Elephants and their diseases
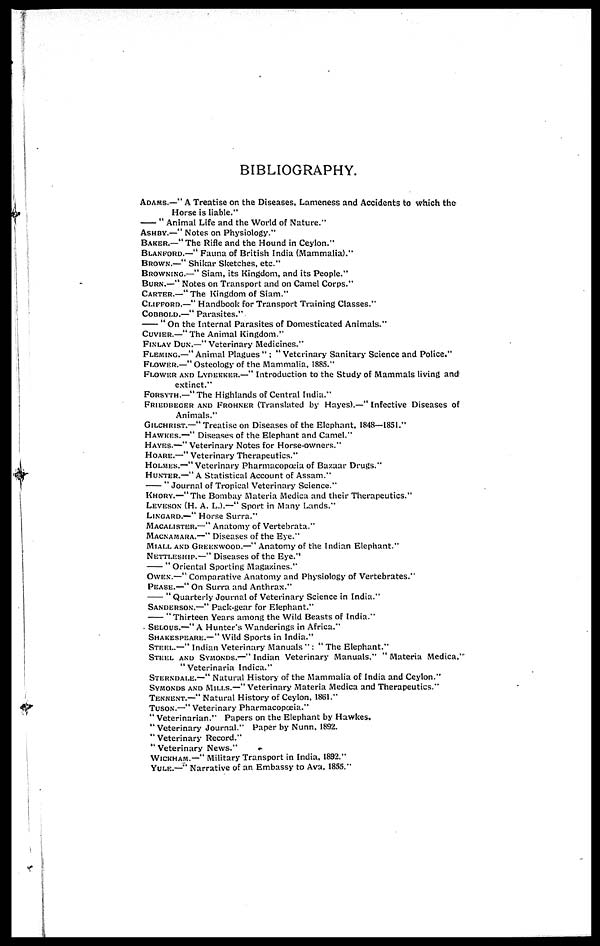
BIBLIOGRAPHY.
ADAMS.—" A Treatise on the Diseases, Lameness and Accidents to which the
Horse is liable."
" Animal Life and the World of Nature."
ASHBY.—" Notes on Physiology."
BAKER.—"The Rifle and the Hound in Ceylon."
BLANFORD.—" Fauna of British India (Mammalia)."
BROWN.—" Shikar Sketches, etc."
BROWNING.—" Siam, its Kingdom, and its People."
BURN.—" Notes on Transport and on Camel Corps."
CARTER.—" The Kingdom of Siam."
CLIFFORD.—" Handbook for Transport Training Classes."
COBBOLD.—" Parasites."
" On the Internal Parasites of Domesticated Animals."
CUVIER.—" The Animal Kingdom."
FINLAY DUN - .—" Veterinary Medicines."
FLEMING.—" Animal Plagues " ; " Veterinary Sanitary Science and Police."
FLOWER.—" Osteology of the Mammalia, 1885."
FLOWER AND LYDEKKER.—" Introduction to the Study of Mammals living and
extinct."
FORSYTH.—" The Highlands of Central India."
FRIEDBEGER AND FROHNER (Translated by Hayes).—" Infective Diseases of
Animals."
GILCHRIST.—" Treatise on Diseases of the Elephant, 1848—1851."
HAWKES.—" Diseases of the Elephant and Camel."
HAYES.—" Veterinary Notes for Horse-owners."
HOARE.—" Veterinary Therapeutics."
HOLMES.—"Veterinary Pharmacopoeia of Bazaar Drugs."
HUNTER.—"A Statistical Account of Assam."
" Journal of Tropical Veterinary Science."
KHORY.—"The Bombay Materia Medica and their Therapeutics."
LEVSON (H. A. L.).—" Sport in Many Lands."
LINGARD.—" Horse Surra."
MACALISTER.—" Anatomy of Vertebrata."
MACNAMARA.—" Diseases of the Eye."
MIALL AND GREENWOOD.—" Anatomy of the Indian Elephant."
NETTLESHIP.—" Diseases of the Eye."
" Oriental Sporting Magazines."
OWEN.—" Comparative Anatomy and Physiology of Vertebrates."
PEASE.—" On Surra and Anthrax."
" Quarterly Journal of Veterinary Science in India."
SANDERSON.—" Pack-gear for Elephant."
"Thirteen Years among the Wild Beasts of India."
SELOUS.—"A Hunter's Wanderings in Africa."
SHAKESPEARE.—" Wild Sports in India."
STEEL.—" Indian Veterinary Manuals " : " The Elephant."
STEEL AND SYMONDS.—" Indian Veterinary Manuals," " Materia Medica,"
" Veterinaria Indica."
STERNDALE.—" Natural History of the Mammalia of India and Ceylon."
SYMONDS AND MILLS.—" Veterinary Materia Medica and Therapeutics."
TENNENT.—" Natural History of Ceylon, 1861."
TUSON.—" Veterinary Pharmacopœia."
" Veterinarian." Papers on the Elephant by Hawkes.
"Veterinary Journal." Paper by Nunn, 1892.
" Veterinary Record."
" Veterinary News."
WICKHAM.—" Military Transport in India, 1892."
YULE.—" Narrative of an Embassy to Ava, 1855."